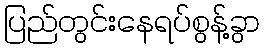
ပြည်တွင်းနေရပ်စွန့်ခွာ